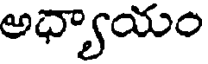
అధ్యాయం